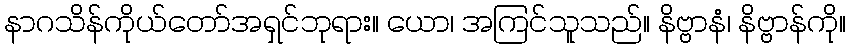
နာဂသိန်ကိုယ်တော်အရှင်ဘုရား။ ယော၊ အကြင်သူသည်။ နိဗ္ဗာနံ၊ နိဗ္ဗာန်ကို။